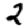
Digit: 2